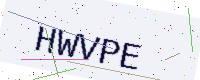
Text: HWVPE